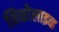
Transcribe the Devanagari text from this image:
मिकोलाइव्ह